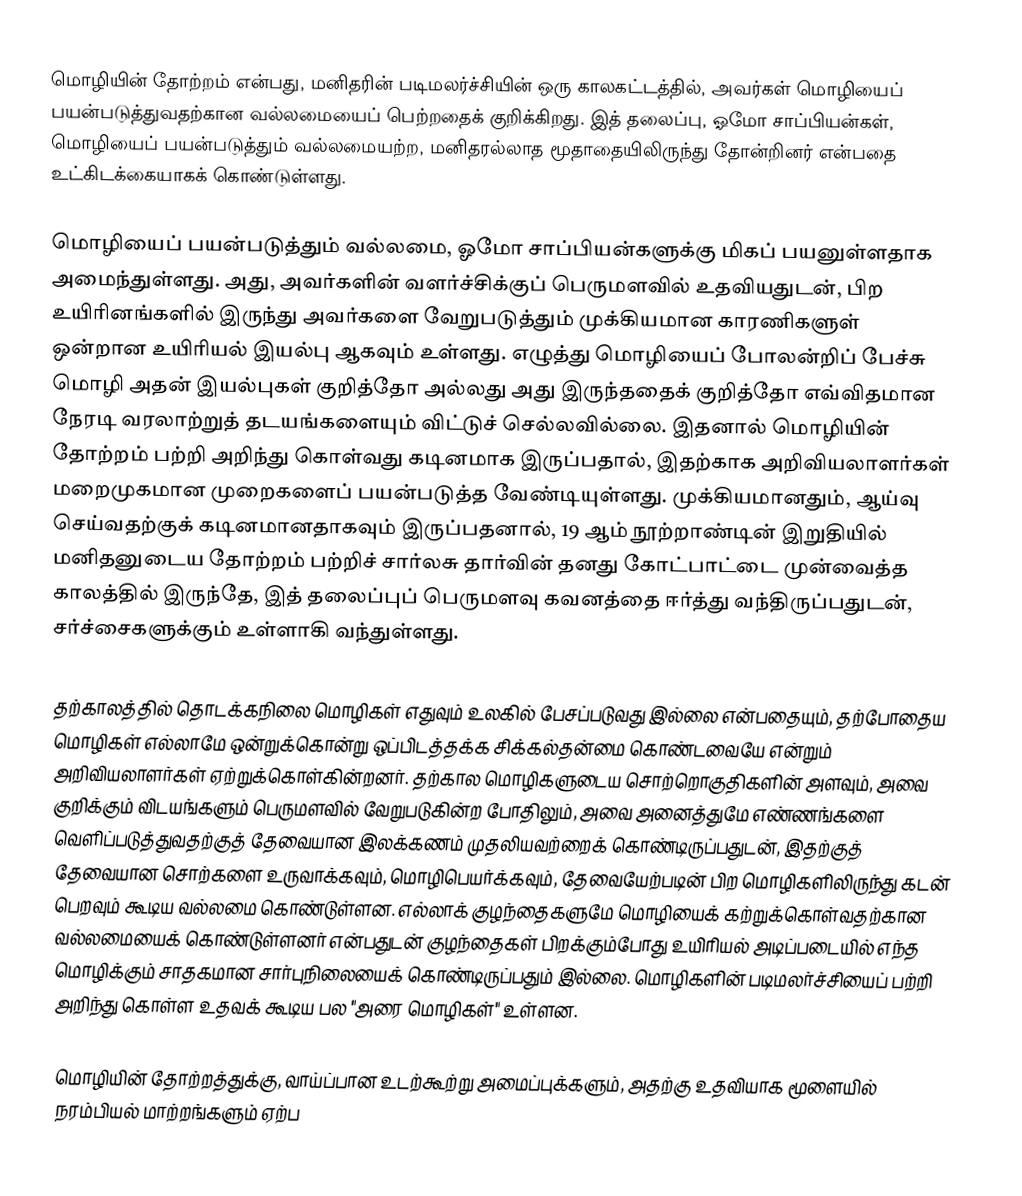
மொழியின் தோற்றம் என்பது, மனிதரின் படிமலர்ச்சியின் ஒரு காலகட்டத்தில், அவர்கள் மொழியைப் பயன்படுத்துவதற்கான வல்லமையைப் பெற்றதைக் குறிக்கிறது. இத் தலைப்பு, ஓமோ சாப்பியன்கள், மொழியைப் பயன்படுத்தும் வல்லமையற்ற, மனிதரல்லாத மூதாதையிலிருந்து தோன்றினர் என்பதை உட்கிடக்கையாகக் கொண்டுள்ளது.

மொழியைப் பயன்படுத்தும் வல்லமை, ஓமோ சாப்பியன்களுக்கு மிகப் பயனுள்ளதாக அமைந்துள்ளது. அது, அவர்களின் வளர்ச்சிக்குப் பெருமளவில் உதவியதுடன், பிற உயிரினங்களில் இருந்து அவர்களை வேறுபடுத்தும் முக்கியமான காரணிகளுள் ஒன்றான உயிரியல் இயல்பு ஆகவும் உள்ளது. எழுத்து மொழியைப் போலன்றிப் பேச்சு மொழி அதன் இயல்புகள் குறித்தோ அல்லது அது இருந்ததைக் குறித்தோ எவ்விதமான நேரடி வரலாற்றுத் தடயங்களையும் விட்டுச் செல்லவில்லை. இதனால் மொழியின் தோற்றம் பற்றி அறிந்து கொள்வது கடினமாக இருப்பதால், இதற்காக அறிவியலாளர்கள் மறைமுகமான முறைகளைப் பயன்படுத்த வேண்டியுள்ளது. முக்கியமானதும், ஆய்வு செய்வதற்குக் கடினமானதாகவும் இருப்பதனால், 19 ஆம் நூற்றாண்டின் இறுதியில் மனிதனுடைய தோற்றம் பற்றிச் சார்லசு தார்வின் தனது கோட்பாட்டை முன்வைத்த காலத்தில் இருந்தே, இத் தலைப்புப் பெருமளவு கவனத்தை ஈர்த்து வந்திருப்பதுடன், சர்ச்சைகளுக்கும் உள்ளாகி வந்துள்ளது.

தற்காலத்தில் தொடக்கநிலை மொழிகள் எதுவும் உலகில் பேசப்படுவது இல்லை என்பதையும், தற்போதைய மொழிகள் எல்லாமே ஒன்றுக்கொன்று ஒப்பிடத்தக்க சிக்கல்தன்மை கொண்டவையே என்றும் அறிவியலாளர்கள் ஏற்றுக்கொள்கின்றனர். தற்கால மொழிகளுடைய சொற்றொகுதிகளின் அளவும், அவை குறிக்கும் விடயங்களும் பெருமளவில் வேறுபடுகின்ற போதிலும், அவை அனைத்துமே எண்ணங்களை வெளிப்படுத்துவதற்குத் தேவையான இலக்கணம் முதலியவற்றைக் கொண்டிருப்பதுடன், இதற்குத் தேவையான சொற்களை உருவாக்கவும், மொழிபெயர்க்கவும், தேவையேற்படின் பிற மொழிகளிலிருந்து கடன் பெறவும் கூடிய வல்லமை கொண்டுள்ளன. எல்லாக் குழந்தைகளுமே மொழியைக் கற்றுக்கொள்வதற்கான வல்லமையைக் கொண்டுள்ளனர் என்பதுடன் குழந்தைகள் பிறக்கும்போது உயிரியல் அடிப்படையில் எந்த மொழிக்கும் சாதகமான சார்புநிலையைக் கொண்டிருப்பதும் இல்லை. மொழிகளின் படிமலர்ச்சியைப் பற்றி அறிந்து கொள்ள உதவக் கூடிய பல "அரை மொழிகள்" உள்ளன.

மொழியின் தோற்றத்துக்கு, வாய்ப்பான உடற்கூற்று அமைப்புக்களும், அதற்கு உதவியாக மூளையில் நரம்பியல் மாற்றங்களும் ஏற்ப